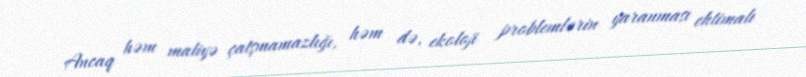
Ancaq həm maliyə çatşmamazlığı, həm də, ekoloji problemlərin yaranması ehtimalı